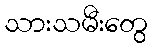
သားသမီးတွေ